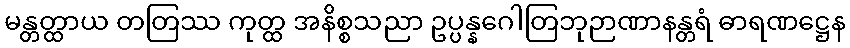
မန္တတ္ထာယ တတြဿ ကုတ္ထ အနိစ္စသညာ ဥပ္ပန္နဂေါတြဘုဉာဏာနန္တရံ ဓာရဏဋ္ဌေန